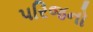
પરિજનો